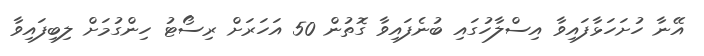
އޭނާ ހުށަހަޅާފައިވާ އިސްލާހުގައި ބުނެފައިވާ ގޮތުން 50 އަހަރަށް ރިސޯޓު ހިންގުމަށް ލިބިފައިވާ